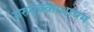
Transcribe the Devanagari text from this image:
मरुमक्काथायम